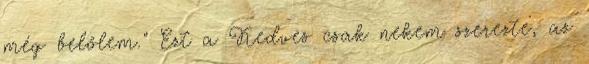
még belőlem." Ezt a Kedves csak nekem szerezte, az